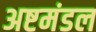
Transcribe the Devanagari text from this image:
अष्टमंडल